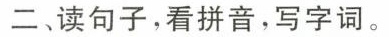
二、读句子，看拼音，写字词。